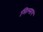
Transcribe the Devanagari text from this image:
मिल्सप